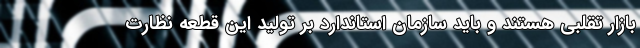
بازار تقلبی هستند و باید سازمان استاندارد بر تولید این قطعه نظارت